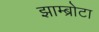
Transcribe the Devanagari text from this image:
झाम्ब्रोटा